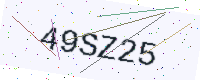
Text: 49SZ25